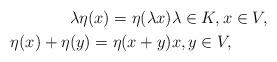
LaTeX: \begin{align*}\lambda \eta(x) = \eta(\lambda x) & \lambda \in K, x \in V, \\\eta(x) + \eta(y) = \eta(x + y) & x, y \in V,\end{align*}